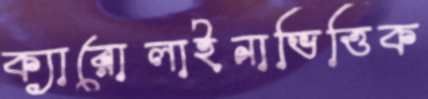
ক্যারোলাইনাভিত্তিক